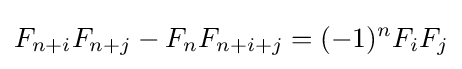
F_{n+i}F_{n+j}-F_{n}F_{n+i+j}=(-1)^{n}F_{i}F_{j}